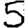
Digit: 5